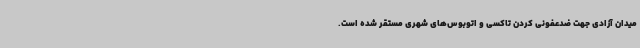
میدان آزادی جهت ضدعفونی کردن تاکسی و اتوبوس‌های شهری مستقر شده است.